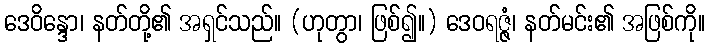
ဒေဝိန္ဒော၊ နတ်တို့၏ အရှင်သည်။ (ဟုတွာ၊ ဖြစ်၍။) ဒေဝရဇ္ဇံ၊ နတ်မင်း၏ အဖြစ်ကို။